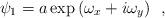
LaTeX: \begin{align*}\psi_1 = a\exp{(\omega_x +i \omega_y)}~~,\end{align*}